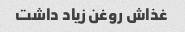
غذاش روغن زیاد داشت